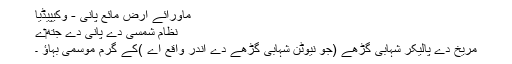
ماورائے ارض مائع پانی - وکیپیڈیا
نظام شمسی دے پانی دے جتھ‏ے
مریخ دے پالیکر شہابی گڑھے (جو نیوٹن شہابی گڑھے دے اندر واقع اے )کے گرم موسمی بہاؤ ۔